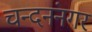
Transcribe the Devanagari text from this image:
चन्दनंनगर